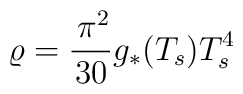
\varrho=\frac{\,\pi^2}{30}g_{\ast}(T_s)T_s^4